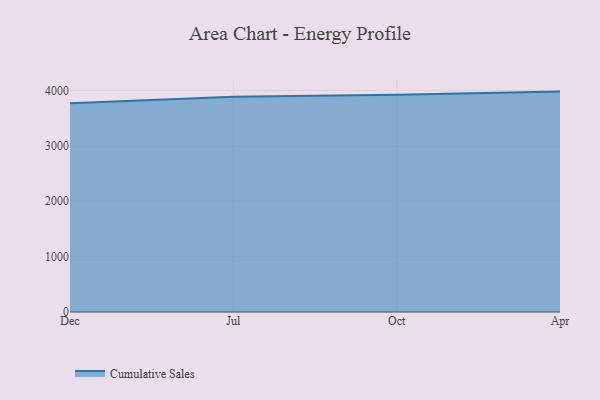
{"axis": {"x": "Month", "y": "Latency (ms)"}, "legend": ["Cumulative Sales"], "data": [{"x": "Dec", "y": 3770.6, "type": "Cumulative Sales"}, {"x": "Jul", "y": 3885.4, "type": "Cumulative Sales"}, {"x": "Oct", "y": 3921.3, "type": "Cumulative Sales"}, {"x": "Apr", "y": 3979.2, "type": "Cumulative Sales"}]}